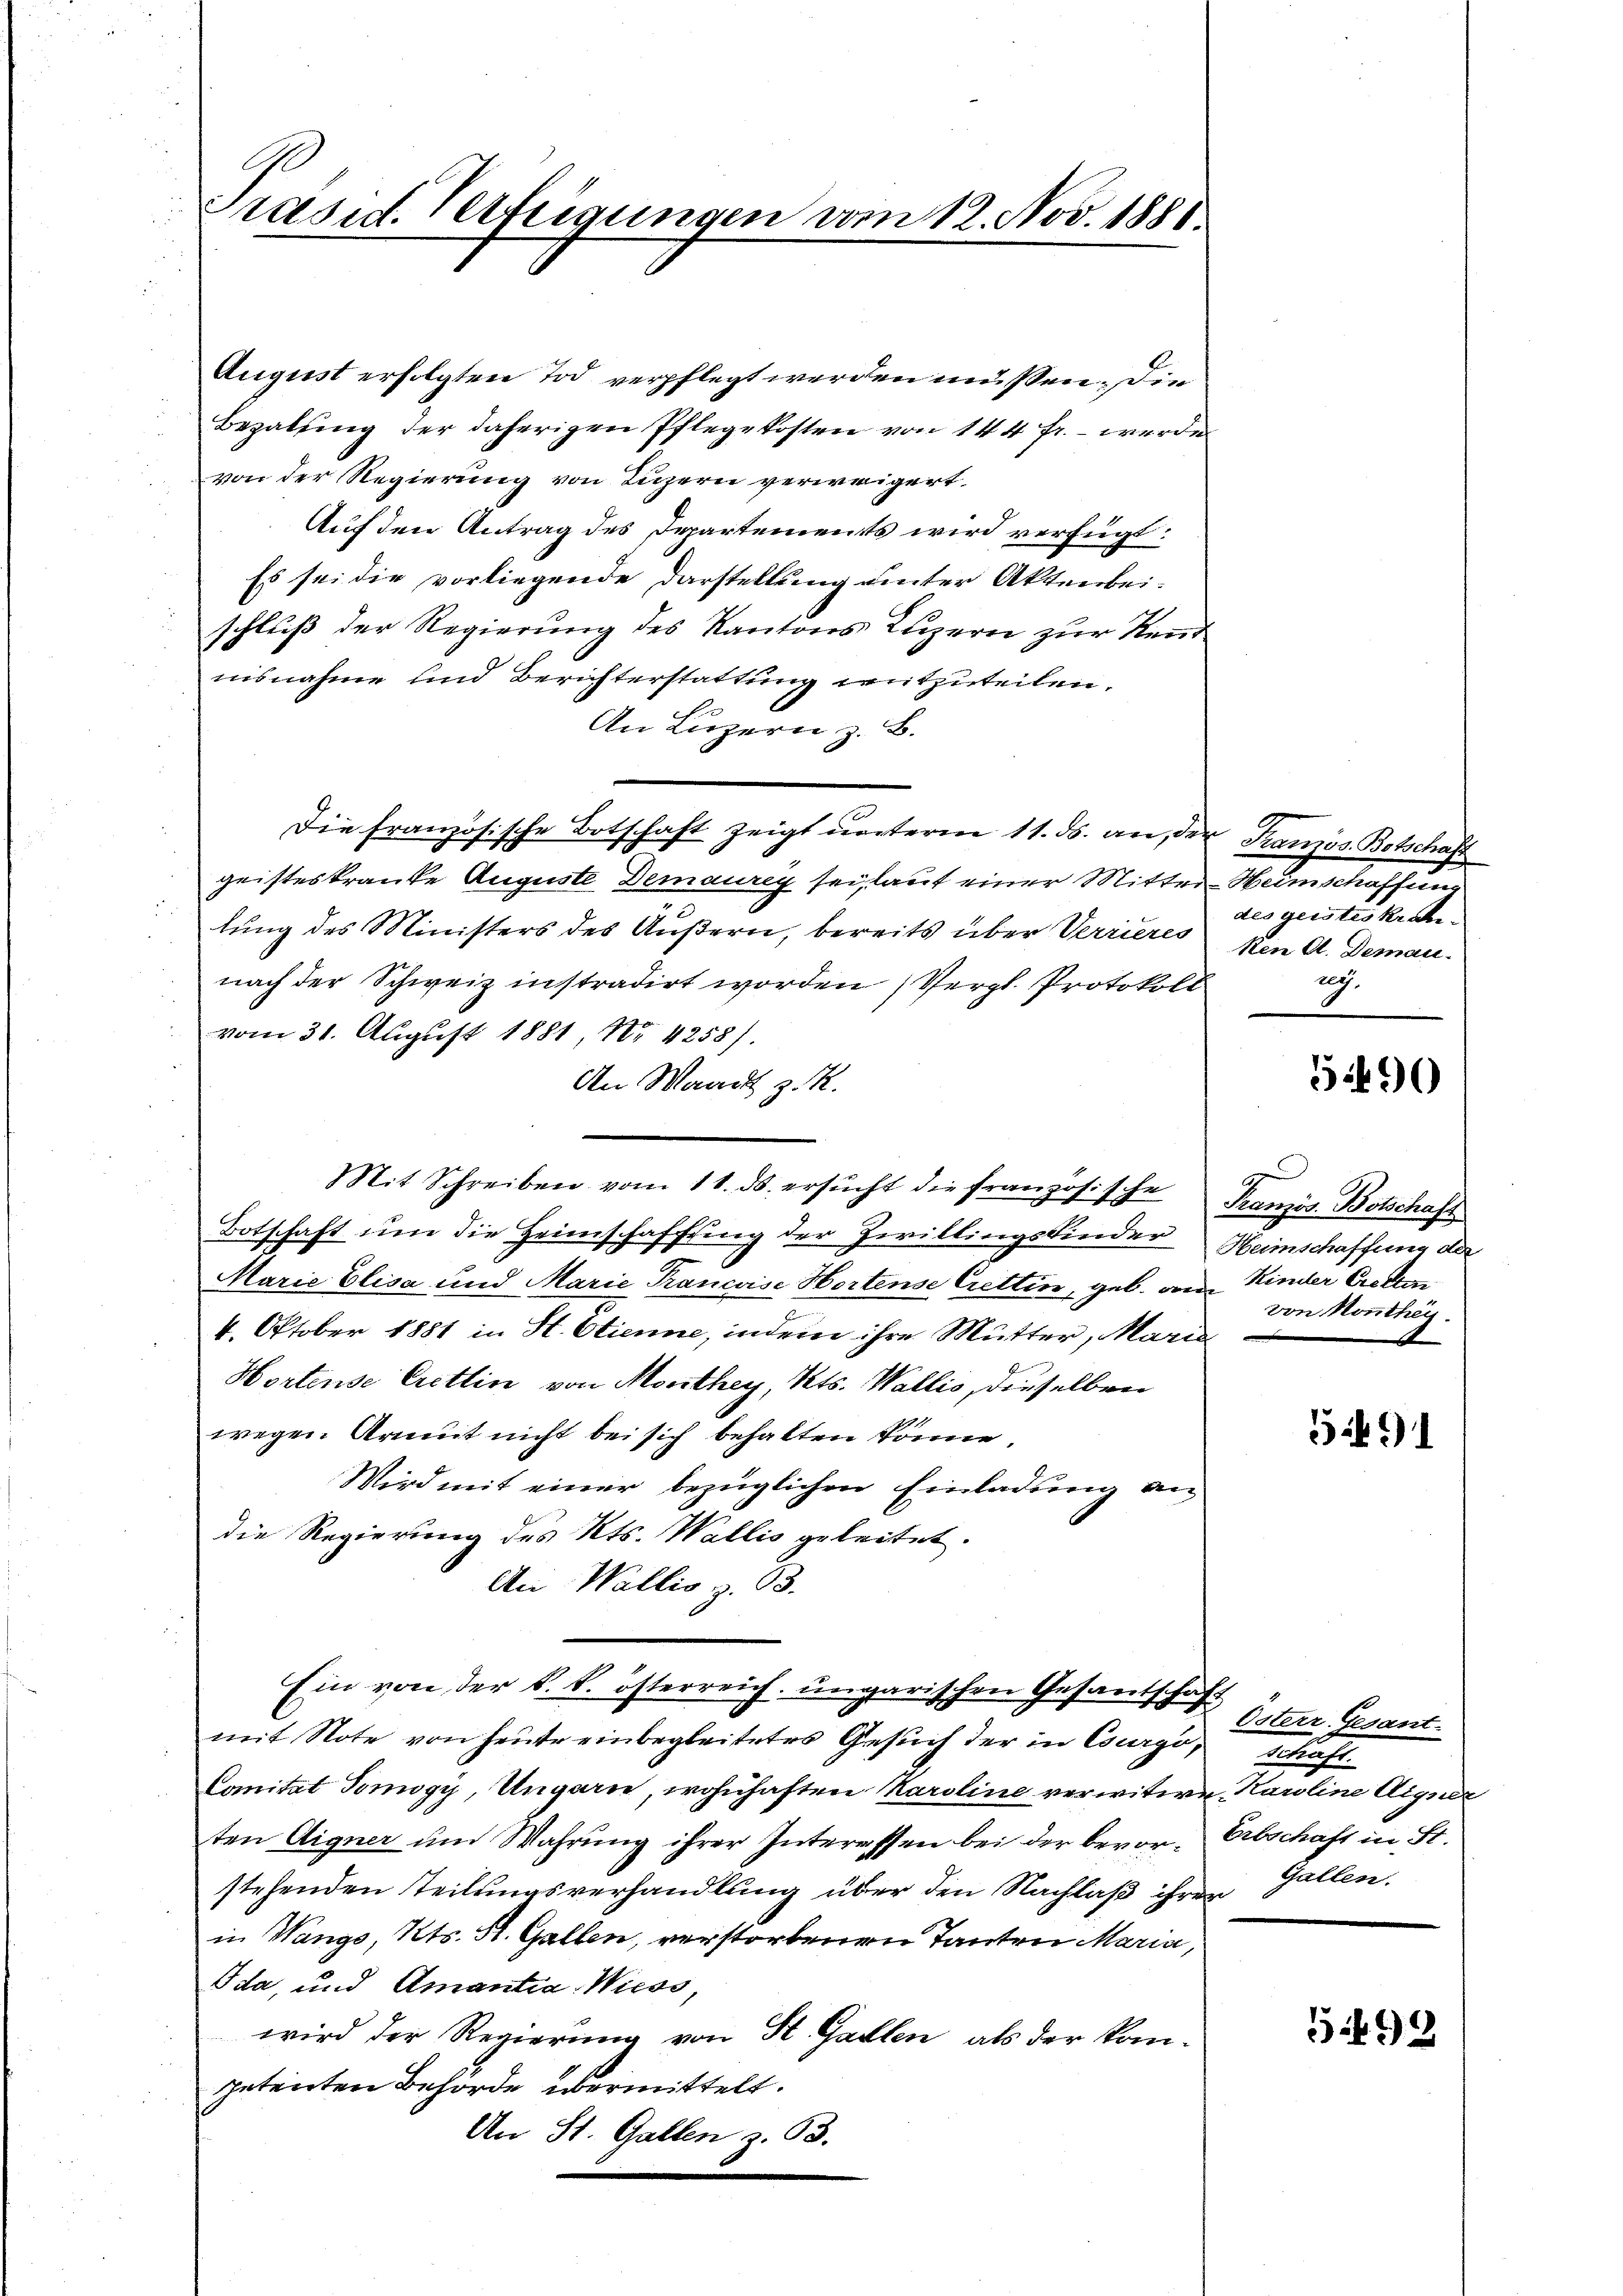
G
Präsid. Verfeigungen vom 12. Nov. 1888.

August erfolgten Tod verpflegt werden müssen. Die
Bezalung der daherigen Pflegekosten von 144 fr. - werde
von der Regierung von Luzern verweigert,
Auf den Antrag des Departements wird verfügt:
Es sei die vorliegende Darstellung unter Aktenbei-
schluß der Regierung des Kantons Luzern zur Kenntnisnahme und Berichterstattung mitzuteilen.
An Luzern z. B.
Die französische Botschaft zeigt ŭnterm 11. ds. an, der Französ. Botschaft
geisteskranke Auguste Demaurey sei, laut einer Mitter-Heimschaffung
lung des Ministers des Äußern, bereits über Verrieres von A. Demaunach der Schweiz instradirt worden, Vergl. Protokoll
vom 31. August 1881 No 4258).
An Waadt z. R.
Mit Schreiben vom 11. ds. ersŭcht die französische Französ. Botschaft
Botschaft um die Heimschaffung der Zwillingskinder Heimschaffung der
Marie Elisa und Marie Prancise Hortense Crettin, geb. am Kinder Cretten
4. Oktober 1881 in St. Etienne, indem ihre Mutter, Marie
Hortense Cretlin von Monthey, Kts. Wallis, dieselben
wegen Armut nicht bei sich behalten könne.
Wird mit einer bezüglichen Einladung an
die Regierung des Kts. Wallis geleitet.
An Wallis z. B.
Ein von der k. k. österreich ungarischen Gesandschaf
mit Note von heute einbegleitetes Gesuch der in Gurgo, schaft¬
Canität Tomogy, Ungarn, wohnhaften Karoline verwitwe Karoline Aigner
ten Aigner um Wahrung ihrer Interessen bei der bevor- Erbschaft in St.
stehenden Teilungsverhandlung über den Nachlaß ihrer
in Wangs, Kts. St. Gallen, verstorbenen Tanten Maria,
Ida, und Amantia-Wiess,
wird der Regierung von St. Gallen, als der kompetenten Behörde übermittelt.
An St. Gallen z. 33.

des geisteskrate
2.

5490

von Monthey

3491

Österr.-Gesant-
Gallen.

5499